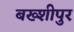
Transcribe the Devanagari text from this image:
बख्शीपुर